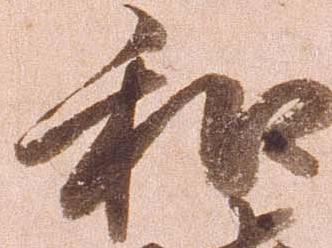
和